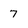
Character: 7